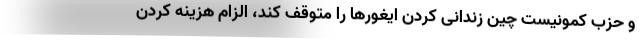
و حزب کمونیست چین زندانی کردن ایغورها را متوقف کند، الزام هزینه کردن